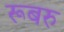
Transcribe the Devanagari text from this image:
रूबरु